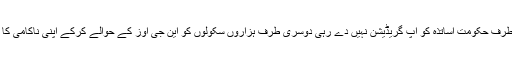
انہوں نے کہا کہ ایک طرف حکومت اساتذہ کو اپ گریڈیشن نہیں دے رہی دوسری طرف ہزاروں سکولوں کو این جی اوز کے حوالے کرکے اپنی ناکامی کا ثبوت پیش کررہی ہے۔